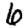
Digit: 6